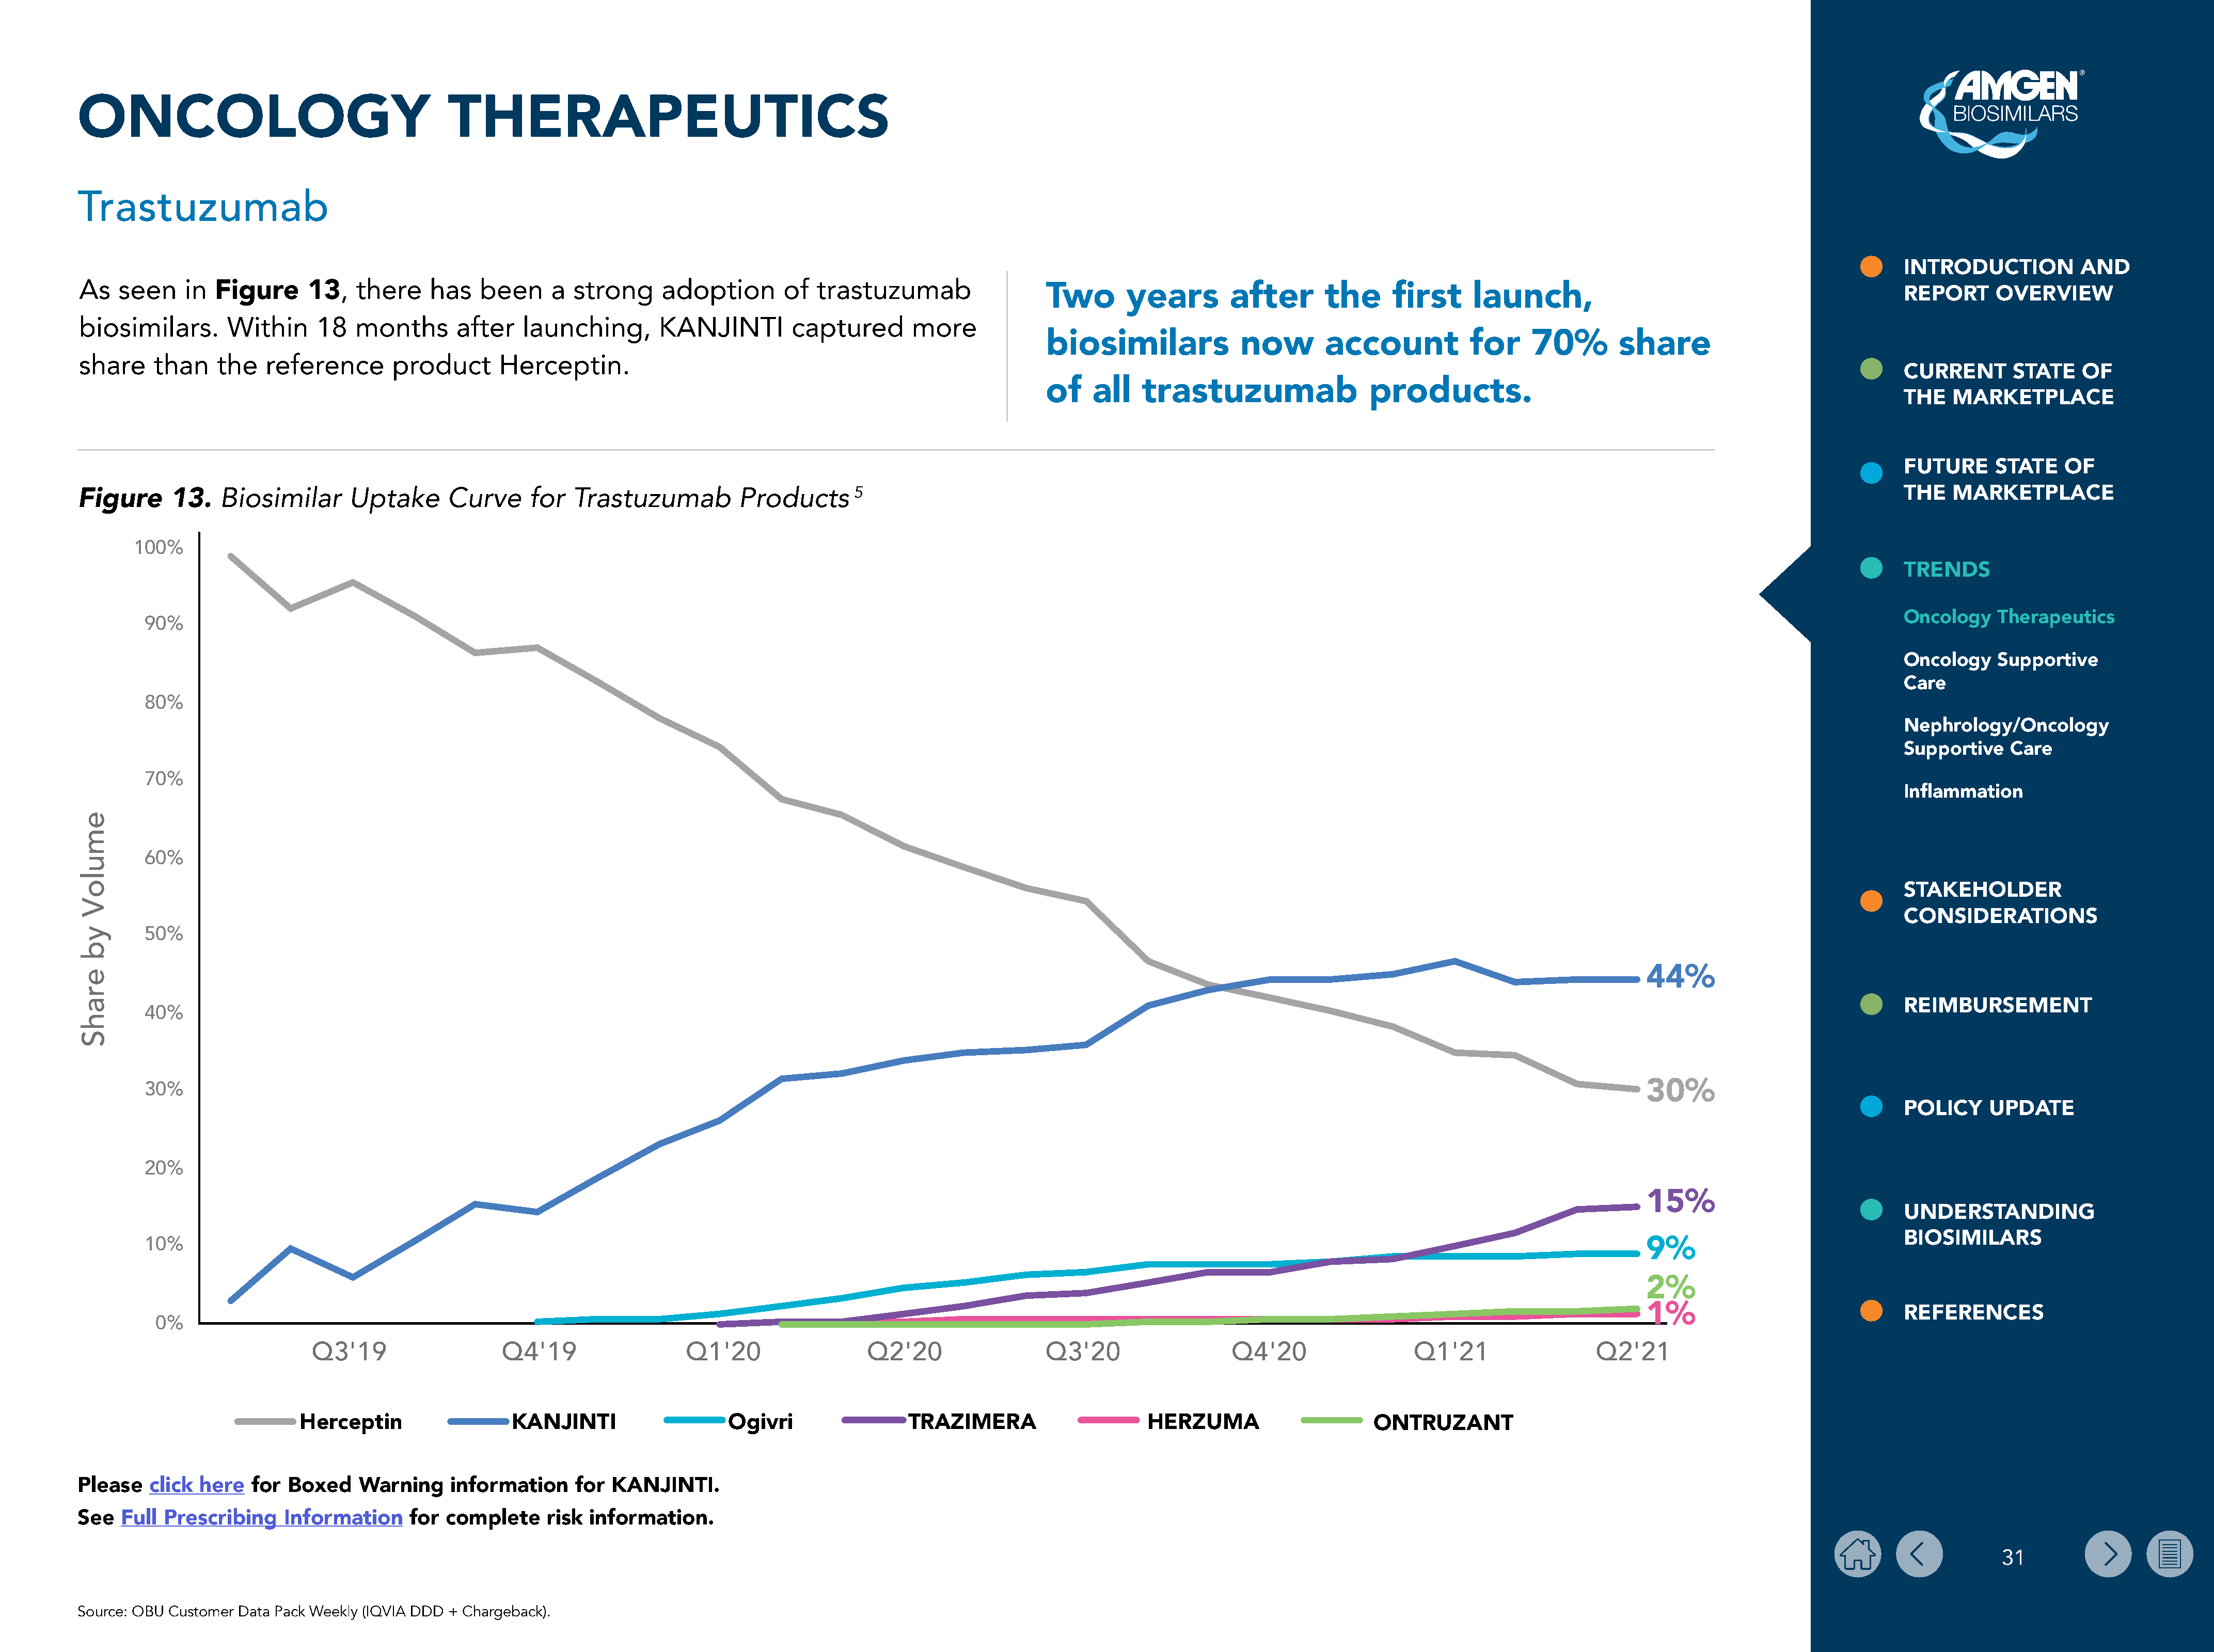
ONCOLOGY                                       THERAPEUTICS
 Trastuzumab
 INTRODUCTION           AND
 As   seen     in  Figure     13,    there    has   been      a  strong     adoption       of   trastuzumab
 Two       years         after       the      first     launch,                                                REPORT      OVERVIEW
 biosimilars.       Within      18   months      after    launching,       KANJINTI         captured        more
 biosimilars              now        account           for     70%         share
 share     than    the   reference       product       Herceptin.
 CURRENT       STATE    OF
 of    all   trastuzumab                  products.
 THE   MARKETPLACE
 FUTURE      STATE    OF
 Biosimilar       Uptake      Curve      for  Trastuzumab           Products      5                                                                                                                                      THE   MARKETPLACE
 Figure      13.
 100%
 TRENDS
 90%                                                                                                                                                                                                                              Oncology    Therapeutics
 Oncology    Supportive
 Care
 80%
 Nephrology/Oncology
 Supportive    Care
 70%
 Inflammation
 60%
 STAKEHOLDER
 CONSIDERATIONS
 50%
 44%
 REIMBURSEMENT
 40%
 30%
 30%
 POLICY     UPDATE
 20%
 15%
 UNDERSTANDING
 10%                                                                                                                                                                                             9%                               BIOSIMILARS
 2%
 1%
 REFERENCES
 0%
 Q3'19                   Q4'19                   Q1'20                  Q2'20                  Q3'20                   Q4'20                  Q1'21                   Q2'21
 Herceptin                   KANJINTI                   Ogivri                 TRAZIMERA                      HERZUMA                      ONTRUZANT
 Please   click  here  for  Boxed    Warning     information     for KANJINTI.
 See  Full  Prescribing    Information     for  complete     risk  information.
 31
 Source: OBU Customer Data Pack Weekly (IQVIA DDD + Chargeback).
 emuloV
 yb
 erahS